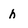
Character: h